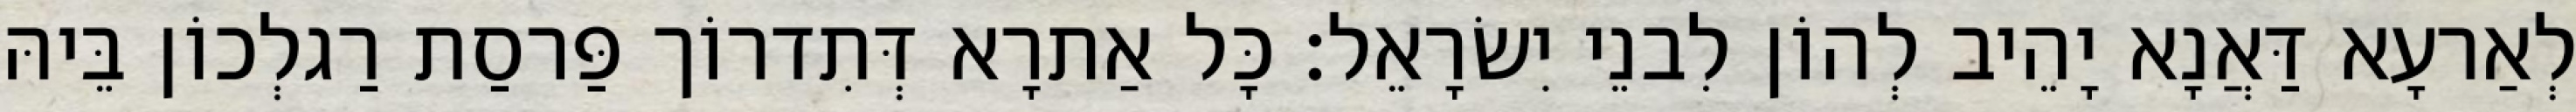
לְאַרעָא דַּאֲנָא יָהֵיב לְהוֹן לִבנֵי יִשׂרָאֵל׃ כָּל אַתרָא דְּתִדרוֹך פַּרסַת רַגלְכוֹן בֵּיהּ